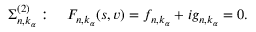
\Sigma _ { n , k _ { \alpha } } ^ { ( 2 ) } : \quad F _ { n , k _ { \alpha } } ( s , v ) = f _ { n , k _ { \alpha } } + i g _ { n , k _ { \alpha } } = 0 .